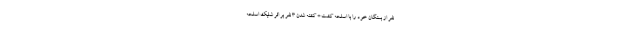
نفر از بستگان خود را با اسلحه کشت * کشته شدن ۳ نفر بر اثر شلیک اسلحه